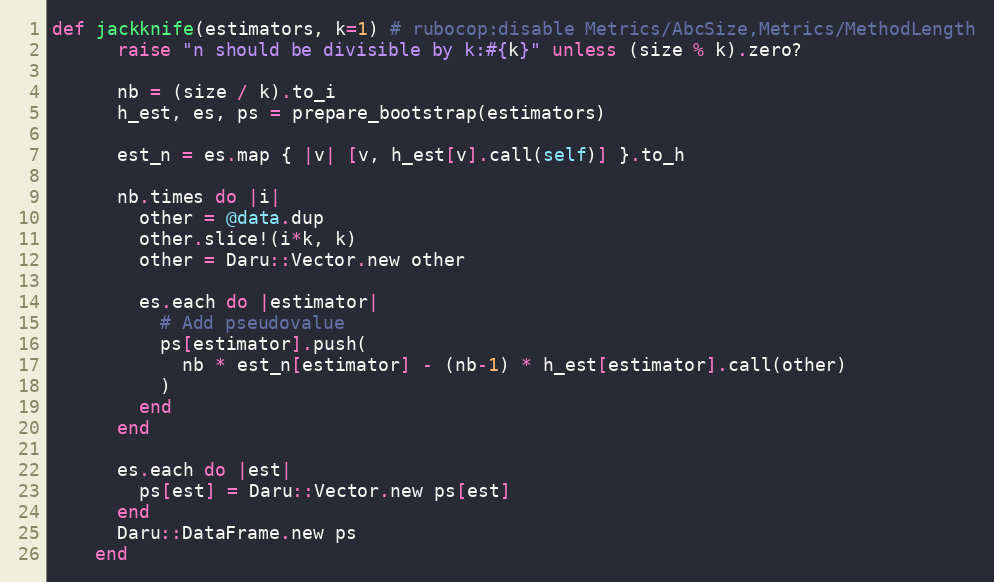
Language: Ruby
def jackknife(estimators, k=1) # rubocop:disable Metrics/AbcSize,Metrics/MethodLength
      raise "n should be divisible by k:#{k}" unless (size % k).zero?

      nb = (size / k).to_i
      h_est, es, ps = prepare_bootstrap(estimators)

      est_n = es.map { |v| [v, h_est[v].call(self)] }.to_h

      nb.times do |i|
        other = @data.dup
        other.slice!(i*k, k)
        other = Daru::Vector.new other

        es.each do |estimator|
          # Add pseudovalue
          ps[estimator].push(
            nb * est_n[estimator] - (nb-1) * h_est[estimator].call(other)
          )
        end
      end

      es.each do |est|
        ps[est] = Daru::Vector.new ps[est]
      end
      Daru::DataFrame.new ps
    end